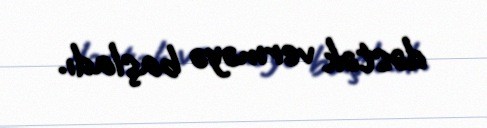
dəstək verməyə başladı.